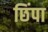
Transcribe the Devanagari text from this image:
छिंपा